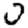
Digit: 0